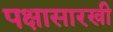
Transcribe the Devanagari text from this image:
पक्षासारखी